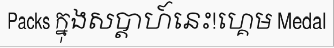
Packs ក្នុងសប្តាហ៍នេះ!ហ្គេម Medal